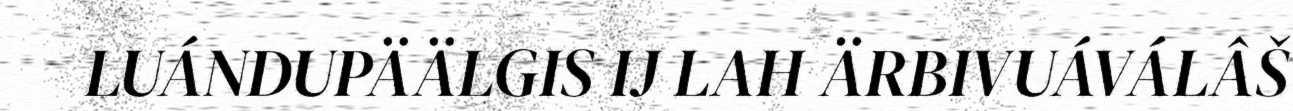
LUÁNDUPÄÄLGIS IJ LAH ÄRBIVUÁVÁLÂŠ